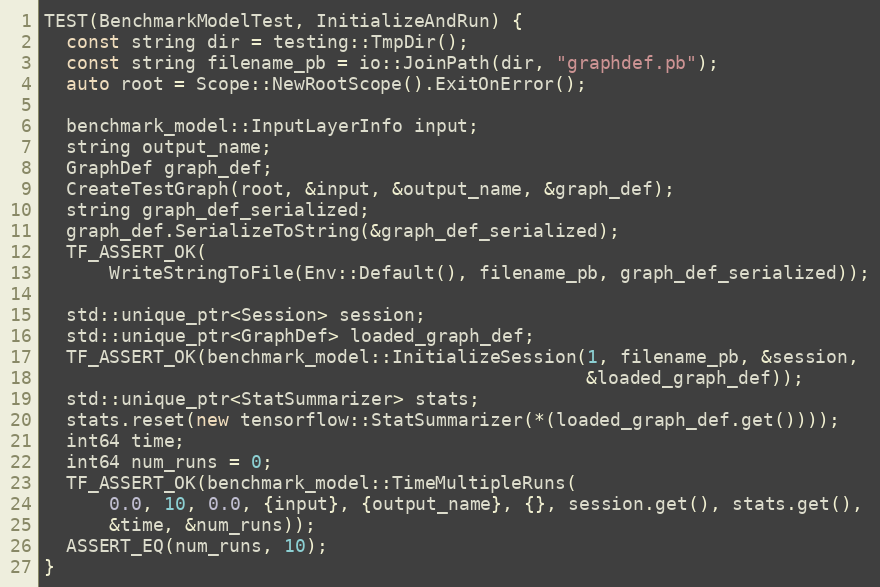
Language: C++
TEST(BenchmarkModelTest, InitializeAndRun) {
  const string dir = testing::TmpDir();
  const string filename_pb = io::JoinPath(dir, "graphdef.pb");
  auto root = Scope::NewRootScope().ExitOnError();

  benchmark_model::InputLayerInfo input;
  string output_name;
  GraphDef graph_def;
  CreateTestGraph(root, &input, &output_name, &graph_def);
  string graph_def_serialized;
  graph_def.SerializeToString(&graph_def_serialized);
  TF_ASSERT_OK(
      WriteStringToFile(Env::Default(), filename_pb, graph_def_serialized));

  std::unique_ptr<Session> session;
  std::unique_ptr<GraphDef> loaded_graph_def;
  TF_ASSERT_OK(benchmark_model::InitializeSession(1, filename_pb, &session,
                                                  &loaded_graph_def));
  std::unique_ptr<StatSummarizer> stats;
  stats.reset(new tensorflow::StatSummarizer(*(loaded_graph_def.get())));
  int64 time;
  int64 num_runs = 0;
  TF_ASSERT_OK(benchmark_model::TimeMultipleRuns(
      0.0, 10, 0.0, {input}, {output_name}, {}, session.get(), stats.get(),
      &time, &num_runs));
  ASSERT_EQ(num_runs, 10);
}